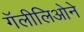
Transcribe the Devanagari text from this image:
गॅलीलिओने